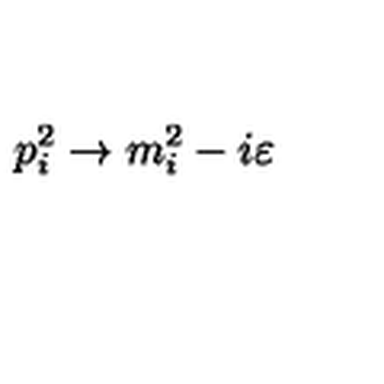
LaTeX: p _ { i } ^ { 2 } \rightarrow m _ { i } ^ { 2 } - i \varepsilon